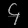
Digit: ၄